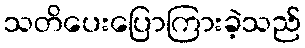
သတိပေးပြောကြားခဲ့သည်